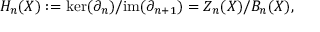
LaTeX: H _ { n } ( X ) : = \ker ( \partial _ { n } ) / \mathrm { i m } ( \partial _ { n + 1 } ) = Z _ { n } ( X ) / B _ { n } ( X ) ,